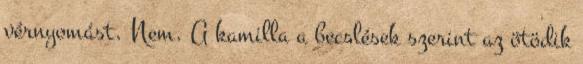
vérnyomást. Nem. A kamilla a becslések szerint az ötödik